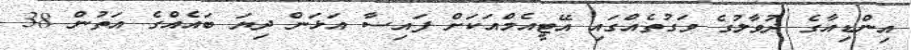
އިންޑިއާގެ ދުވާލުގެ ވަގުތެއްގައި އޭޓީއެމްއަކަށް ފައިސާ އަޅަން ދިޔަ ބައެއްގެ އަތުން 38